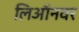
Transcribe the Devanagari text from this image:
लिऑनवर